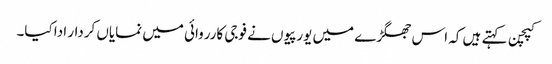
کپچن کہتے ہیں کہ اس جھگڑے میں یورپیوں نے فوجی کارروائی میں نمایاں کردار ادا کیا۔